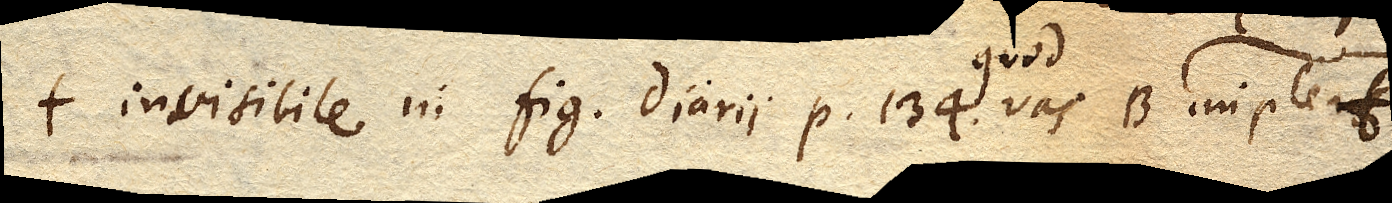
illud invisibile in fig. Diarii p. 134 vas B. implens